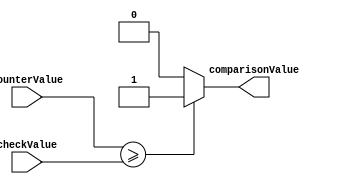
module comparator(input[4:0]counterValue,input[4:0]checkValue ,output comparisonValue);
assign comparisonValue = (counterValue >= checkValue)? 1'b1 : 1'b0;
endmodule